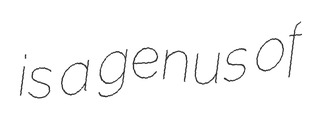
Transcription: is a genus of